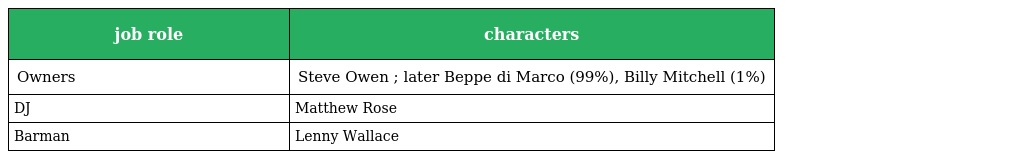
| job role | characters |
 | --- | --- |
 | Owners | Steve Owen ; later Beppe di Marco (99%), Billy Mitchell (1%) |
 | DJ | Matthew Rose |
 | Barman | Lenny Wallace |